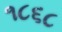
૧૮૬૮